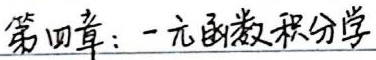
### 第四章：一元函数积分学